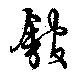
館